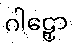
ဂါဠှော